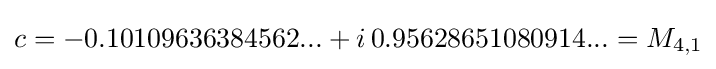
c=-0.10109636384562...+i\,0.95628651080914...=M_{4,1}